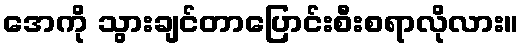
အေကို သွားချင်တာပြောင်းစီးစရာလိုလား။